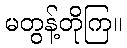
မတွန့်တိုကြ။